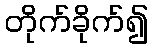
တိုက်ခိုက်၍